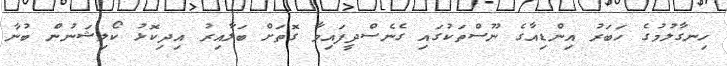
ހިނގާލުމުގެ ހަބަރު އިންޑިއާގެ ނޫސްތަކުގައި ގެނެސްދީފައިވާ ގޮތަށް ބަލާއިރު އިދިކޮޅު ކޯލިޝަނުން ބުނާ